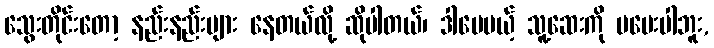
သွေးတိုင်းတော့ နည်းနည်းများ နေတယ်လို့ ဆိုပါတယ်၊ ဒါပေမယ့် သူ့ဆေးကို မပေးပါဘူး,